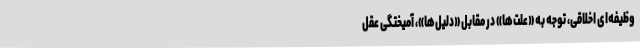
وظیفه‌ای اخلاقی، توجه به «علت‌ها» در مقابل «دلیل‌ها»، آمیختگی عقل